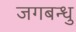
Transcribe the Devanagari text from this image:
जगबन्धु